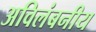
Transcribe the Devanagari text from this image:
अविलंबनीय